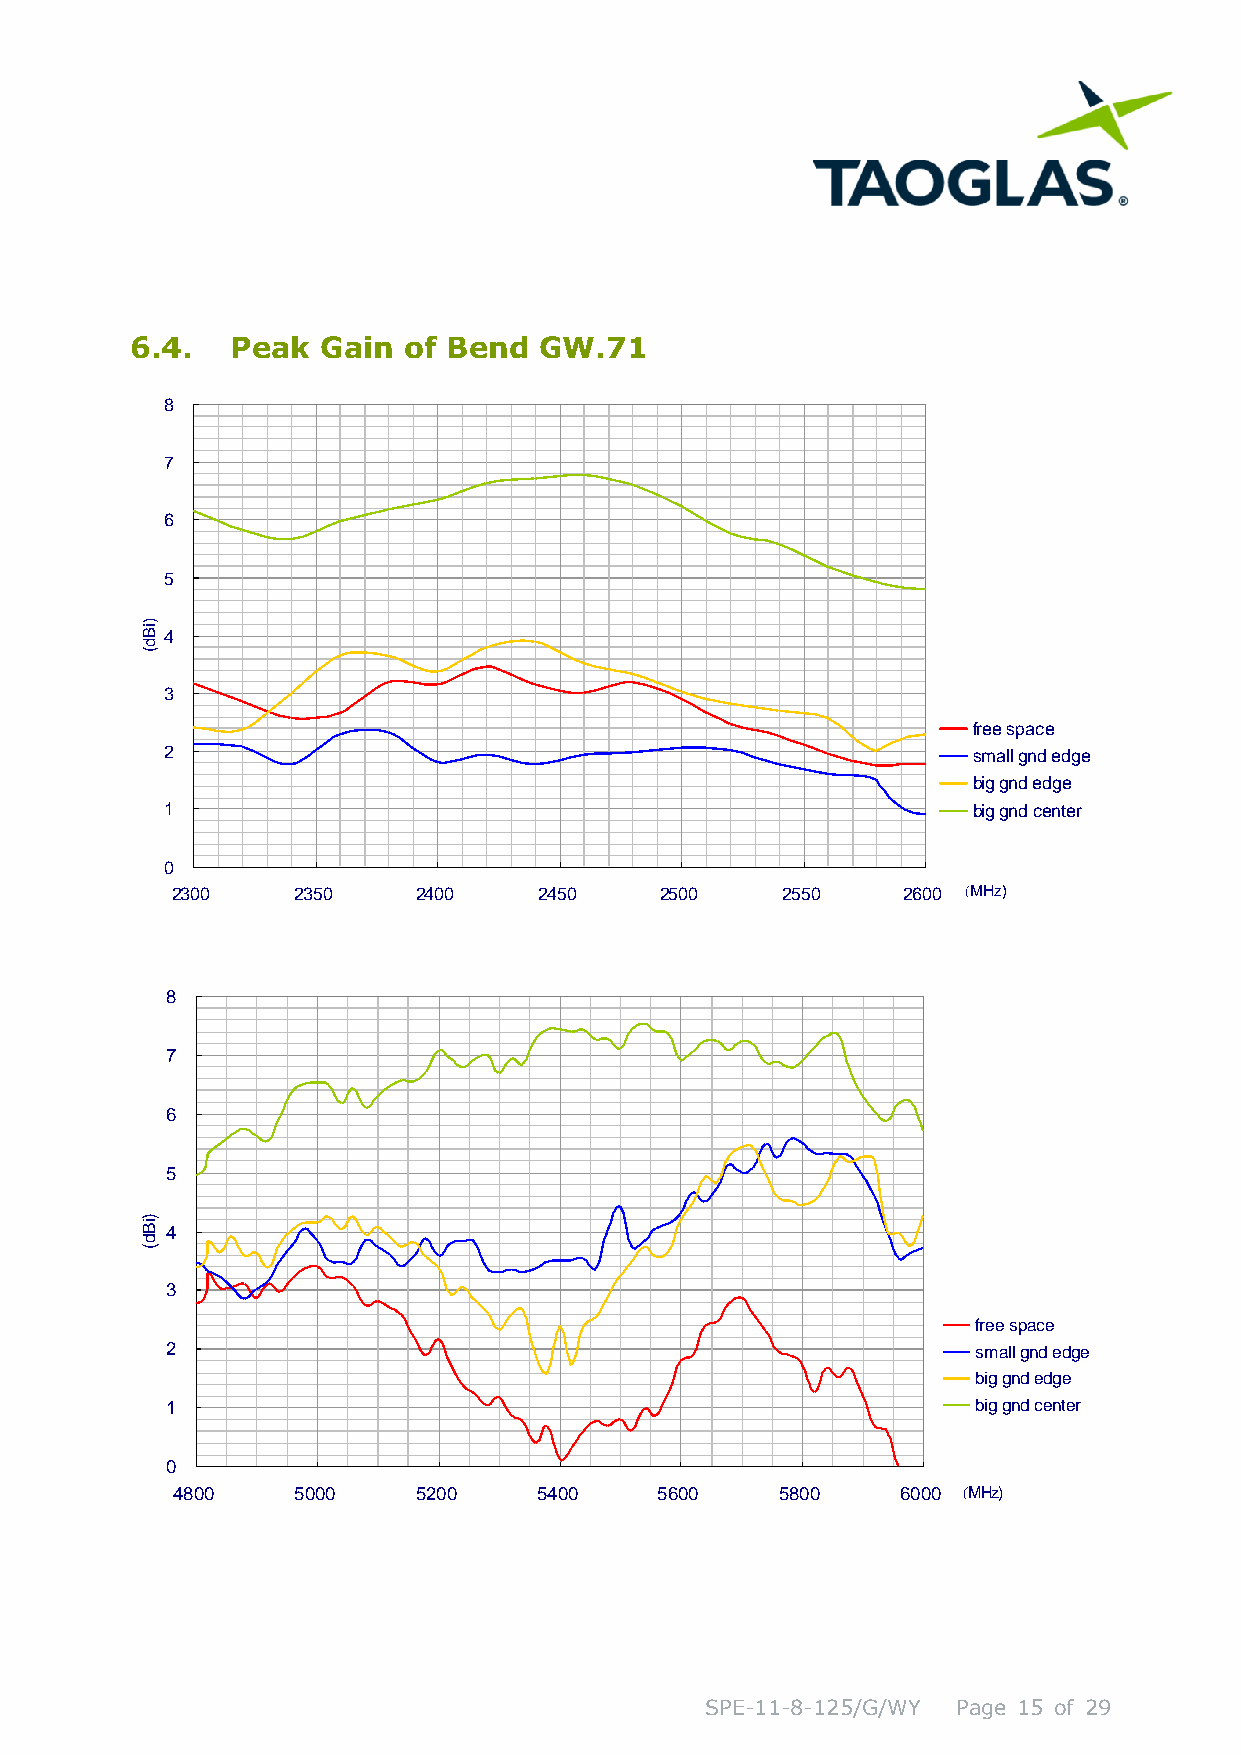
6.4.  Peak  Gain  of Bend  GW.71
 )iB
 d
 (
 SPE-11-8-125/G/WY Page 15 of 29
 )iBd(
 8
 7
 6
 5
 4
 3
 2
 1
 0
 2
 8
 7
 6
 5
 4
 3
 2
 1
 0
 4
 3
 8
 0
 0
 0
 0
 2
 5
 3
 0
 5
 0
 0
 0
 2
 5
 4
 2
 0
 0
 0
 0
 2
 5
 4
 4
 5
 0
 0
 0
 2
 5
 5
 6
 0
 0
 0
 0
 2
 5
 5
 8
 5
 0
 0
 0
 2
 6
 6
 0
 0
 0
 0
 0
 fre e s p a c e
 s m a ll g n d e
 b ig g n d e d g
 b ig g n d c e n
 (M H z )
 fre e s p a c e
 s m a ll g n d e
 b ig g n d e d g
 b ig g n d c e n
 (M H z )
 d g e
 e
 te r
 d g e
 e
 te r